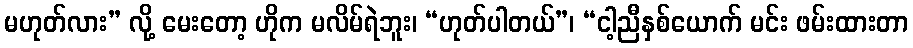
မဟုတ်လား” လို့ မေးတော့ ဟိုက မလိမ်ရဲဘူး၊ “ဟုတ်ပါတယ်”၊ “ငါ့ညီနှစ်ယောက် မင်း ဖမ်းထားတာ